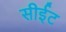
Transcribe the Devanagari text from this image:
सीईट